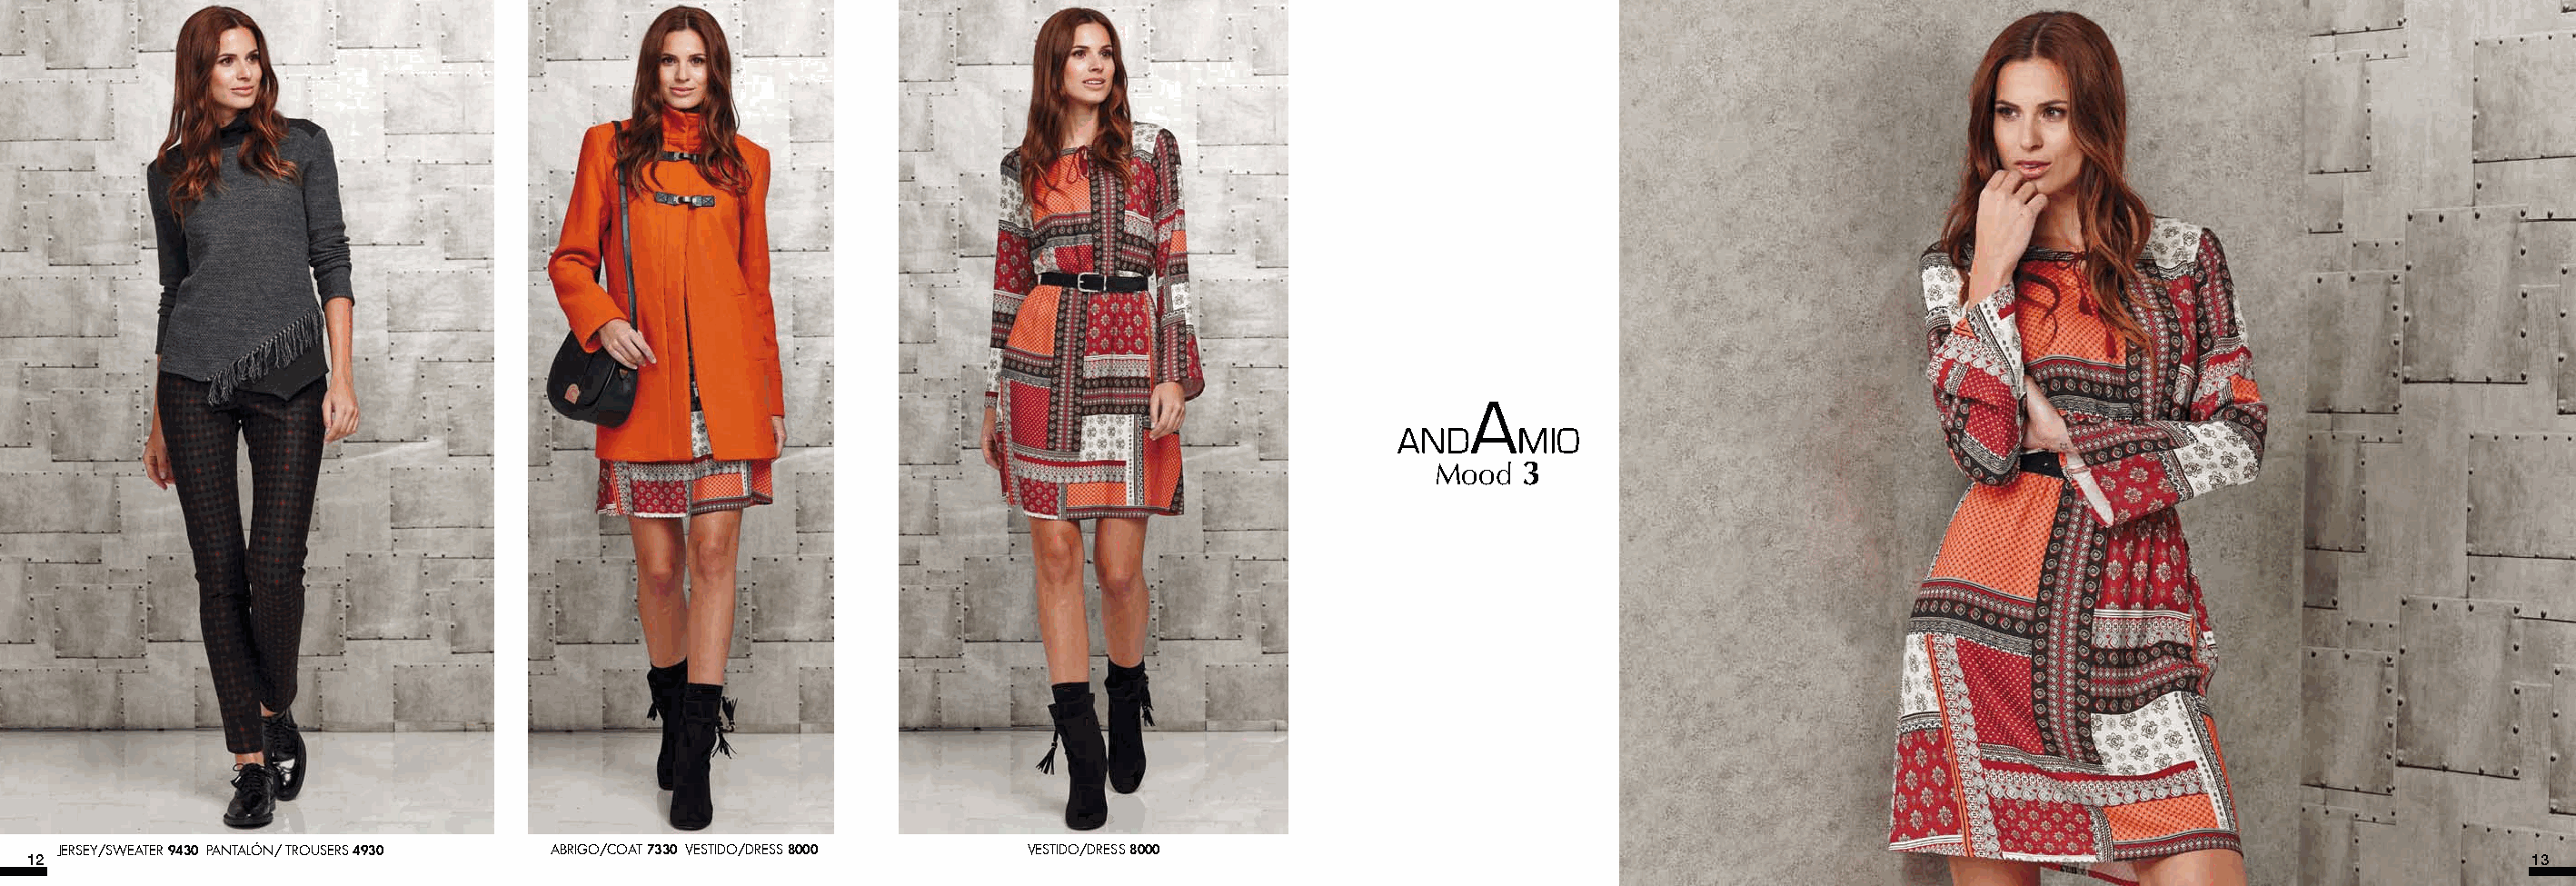
Mood  3
 JERSEY/SWEATER 9430 PANTALÓN/ TROUSERS 4930 ABRIGO/COAT 7330 VESTIDO/DRESS 8000 VESTIDO/DRESS 8000
 12                                                                                                                                                                                    13